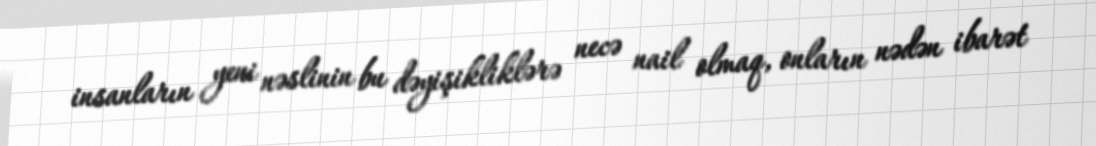
insanların yeni nəslinin bu dəyişikliklərə necə nail olmaq, onların nədən ibarət